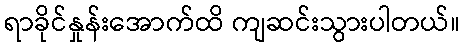
ရာခိုင်နှုန်းအောက်ထိ ကျဆင်းသွားပါတယ်။